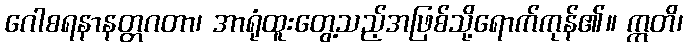
ဂေါစရနာနတ္တဂတာ၊ အာရုံထူးတွေ့သည့်အဖြစ်သို့ရောက်ကုန်၏။ ဣတိ၊